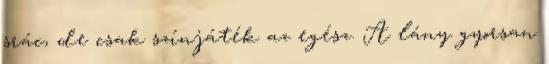
srác, de csak színjáték az egész. A lány gyorsan